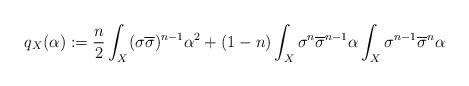
LaTeX: \begin{align*} q_X(\alpha):=\frac{n}{2}\int_X (\sigma\overline\sigma)^{n-1}\alpha^2+(1-n)\int_X\sigma^n\overline\sigma^{n-1}\alpha\int_X\sigma^{n-1}\overline\sigma^n\alpha \end{align*}